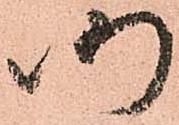
仍